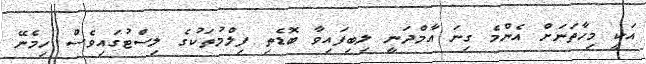
އަކީ މިހާތަނަށް އެންމެ ގިނަ އާމްދަނީ ލިބިފައިވާ ބޮޑެތި ފިލްމުތަކުގެ ލިސްޓުގައިވެސް ހިމެނޭ